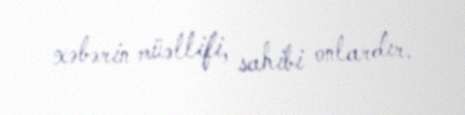
xəbərin müəllifi, sahibi onlardır.